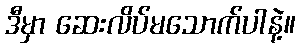
ဒီမှာ ဆေးလိပ်မသောက်ပါနဲ့။